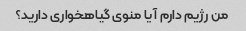
من رژیم دارم آیا منوی گیاهخواری دارید؟